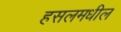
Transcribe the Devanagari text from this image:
हसलमधील